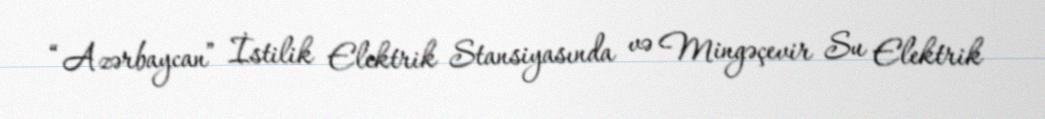
“Azərbaycan” İstilik Elektrik Stansiyasında və Mingəçevir Su Elektrik